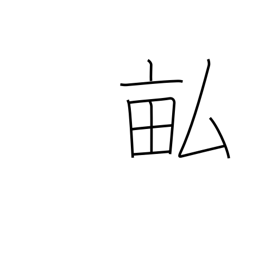
Meaning: fields